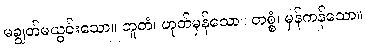
မချွတ်မယွင်းသော။ ဘူတံ၊ ဟုတ်မှန်သော။ တစ္စံ၊ မှန်ကန်သော။